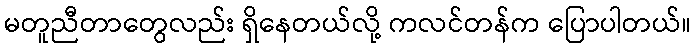
မတူညီတာတွေလည်း ရှိနေတယ်လို့ ကလင်တန်က ပြောပါတယ်။